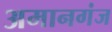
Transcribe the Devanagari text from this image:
अमानगंज